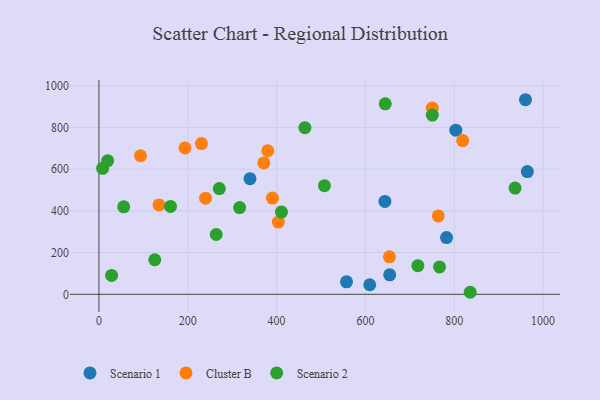
{"axis": {"x": "Speed", "y": "Salary"}, "legend": ["Cluster B", "Scenario 1", "Scenario 2"], "data": [{"x": "340.1", "y": 554.2, "type": "Scenario 1"}, {"x": "960.3", "y": 932.6, "type": "Scenario 1"}, {"x": "643.9", "y": 445.2, "type": "Scenario 1"}, {"x": "654.6", "y": 93.5, "type": "Scenario 1"}, {"x": "609.7", "y": 45.7, "type": "Scenario 1"}, {"x": "964.6", "y": 588.1, "type": "Scenario 1"}, {"x": "782.6", "y": 271.8, "type": "Scenario 1"}, {"x": "803.5", "y": 786.8, "type": "Scenario 1"}, {"x": "557.4", "y": 60.0, "type": "Scenario 1"}, {"x": "654.1", "y": 179.6, "type": "Cluster B"}, {"x": "819.0", "y": 736.6, "type": "Cluster B"}, {"x": "193.7", "y": 701.6, "type": "Cluster B"}, {"x": "135.2", "y": 428.2, "type": "Cluster B"}, {"x": "240.0", "y": 460.6, "type": "Cluster B"}, {"x": "371.2", "y": 629.9, "type": "Cluster B"}, {"x": "390.6", "y": 461.4, "type": "Cluster B"}, {"x": "230.8", "y": 722.6, "type": "Cluster B"}, {"x": "403.8", "y": 346.4, "type": "Cluster B"}, {"x": "380.1", "y": 688.0, "type": "Cluster B"}, {"x": "750.5", "y": 892.8, "type": "Cluster B"}, {"x": "93.6", "y": 664.0, "type": "Cluster B"}, {"x": "764.0", "y": 375.5, "type": "Cluster B"}, {"x": "718.0", "y": 137.2, "type": "Scenario 2"}, {"x": "264.0", "y": 286.5, "type": "Scenario 2"}, {"x": "835.9", "y": 9.7, "type": "Scenario 2"}, {"x": "410.9", "y": 394.0, "type": "Scenario 2"}, {"x": "750.6", "y": 858.8, "type": "Scenario 2"}, {"x": "8.3", "y": 603.6, "type": "Scenario 2"}, {"x": "644.6", "y": 912.8, "type": "Scenario 2"}, {"x": "19.7", "y": 640.7, "type": "Scenario 2"}, {"x": "936.9", "y": 509.0, "type": "Scenario 2"}, {"x": "463.7", "y": 798.8, "type": "Scenario 2"}, {"x": "766.8", "y": 131.3, "type": "Scenario 2"}, {"x": "507.7", "y": 520.8, "type": "Scenario 2"}, {"x": "28.5", "y": 90.7, "type": "Scenario 2"}, {"x": "271.0", "y": 506.7, "type": "Scenario 2"}, {"x": "161.1", "y": 421.1, "type": "Scenario 2"}, {"x": "125.7", "y": 165.5, "type": "Scenario 2"}, {"x": "316.7", "y": 415.9, "type": "Scenario 2"}, {"x": "55.8", "y": 419.2, "type": "Scenario 2"}]}